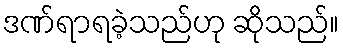
ဒဏ်ရာရခဲ့သည်ဟု ဆိုသည်။